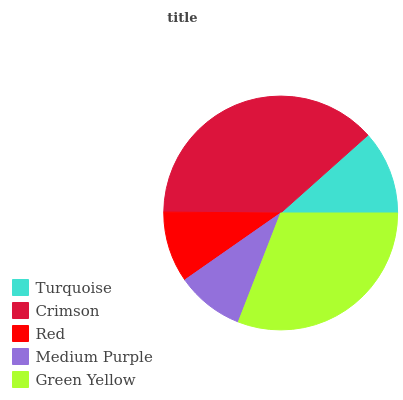
| Turquoise | Crimson | Red | Medium Purple | Green Yellow |
 | --- | --- | --- | --- | --- |
 | 11.6% | 38.3% | 9.82% | 9.39% | 30.9% |